Report on vaccination in the Province of Bengal - 1869-1873
Year: 1869
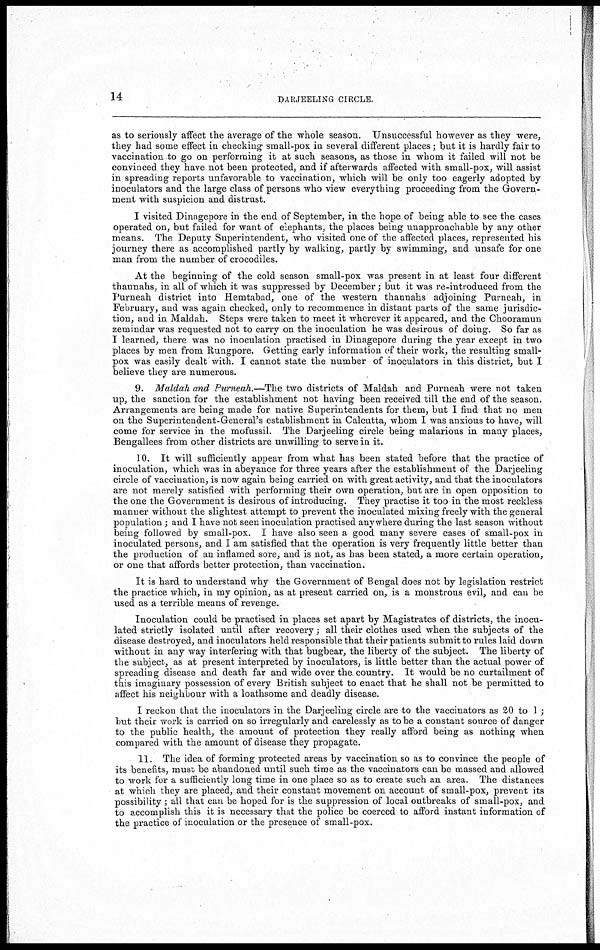
14
DARJEELING CIRCLE.
as to seriously affect the average of the whole season. Unsuccessful however as they were,
they had some effect in checking small-pox in several different places; but it is hardly fair to
vaccination to go on performing it at such seasons, as those in whom it failed will not be
convinced they have not been protected, and if afterwards affected with small-pox, will assist
in spreading reports unfavorable to vaccination, which will be only too eagerly adopted by
inoculators and the large class of persons who view everything proceeding from the Govern-
ment with suspicion and distrust.
I visited Dinagepore in the end of September, in the hope of being able to see the cases
operated on, but failed for want of elephants, the places being unapproachable by any other
means. The Deputy Superintendent, who visited one of the affected places, represented his
journey there as accomplished partly by walking, partly by swimming, and unsafe for one
man from the number of crocodiles.
At the beginning of the cold season small-pox was present in at least four different
thannahs, in all of which it was suppressed by December; but it was re-introduced from the
Purneah district into Hemtabad, one of the western thannahs adjoining Purneah, in
February, and was again checked, only to recommence in distant parts of the same jurisdic-
tion, and in Maldah. Steps were taken to meet it wherever it appeared, and the Chooramun
zemindar was requested not to carry on the inoculation he was desirous of doing. So far as
I learned, there was no inoculation practised in Dinagepore during the year except in two
places by men from Rungpore. Getting early information of their work, the resulting small-
pox was easily dealt with. I cannot state the number of inoculators in this district, but I
believe they are numerous.
9. Maldah and Purneah.—The two districts of Maldah and Purneah were not taken
up, the sanction for the establishment not having been received till the end of the season.
Arrangements are being made for native Superintendents for them, but I find that no men
on the Superintendent-General's establishment in Calcutta, whom I was anxious to have, will
come for service in the mofussil. The Darjeeling circle being malarious in many places,
Bengallees from other districts are unwilling to serve in it.
10. It will sufficiently appear from what has been stated before that the practice of
inoculation, which was in abeyance for three years after the establishment of the Darjeeling
circle of vaccination, is now again being carried on with great activity, and that the inoculators
are not merely satisfied with performing their own operation, but are in open opposition to
the one the Government is desirous of introducing. They practise it too in the most reckless
manner without the slightest attempt to prevent the inoculated mixing freely with the general
population ; and I have not seen inoculation practised any where during the last season without
being followed by small-pox. I have also seen a good many severe cases of small-pox in
inoculated persons, and I am satisfied that the operation is very frequently little better than
the production of an inflamed sore, and is not, as has been stated, a more certain operation,
or one that affords better protection, than vaccination.
It is hard to understand why the Government of Bengal does not by legislation restrict
the practice which, in my opinion, as at present carried on, is a monstrous evil, and can be
used as a terrible means of revenge.
Inoculation could be practised in places set apart by Magistrates of districts, the inocu-
lated strictly isolated until after recovery; all their clothes used when the subjects of the
disease destroyed, and inoculators held responsible that their patients submit to rules laid down
without in any way interfering with that bugbear, the liberty of the subject. The liberty of
the subject, as at present interpreted by inoculators, is little better than the actual power of
spreading disease and death far and wide over the country. It would be no curtailment of
this imaginary possession of every British subject to enact that he shall not be permitted to
affect his neighbour with a loathsome and deadly disease.
I reckon that the inoculators in the Darjeeling circle are to the vaccinators as 20 to 1 ;
but their work is carried on so irregularly and carelessly as to be a constant source of danger
to the public health, the amount of protection they really afford being as nothing when
compared with the amount of disease they propagate.
11. The idea of forming protected areas by vaccination so as to convince the people of
its benefits, must be abandoned until such time as the vaccinators can be massed and allowed
to work for a sufficiently long time in one place so as to create such an area. The distances
at which they are placed, and their constant movement on account of small-pox, prevent its
possibility; all that can be hoped for is the suppression of local outbreaks of small-pox, and
to accomplish this it is necessary that the police be coerced to afford instant information of
the practice of inoculation or the presence of small-pox.